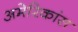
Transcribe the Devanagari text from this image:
अमेरिकांस